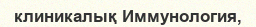
клиникалық Иммунология,